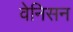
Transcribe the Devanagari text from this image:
वेनिसन